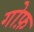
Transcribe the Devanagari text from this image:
गोफ़